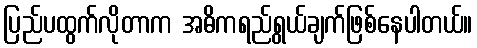
ပြည်ပထွက်လိုတာက အဓိကရည်ရွယ်ချက်ဖြစ်နေပါတယ်။